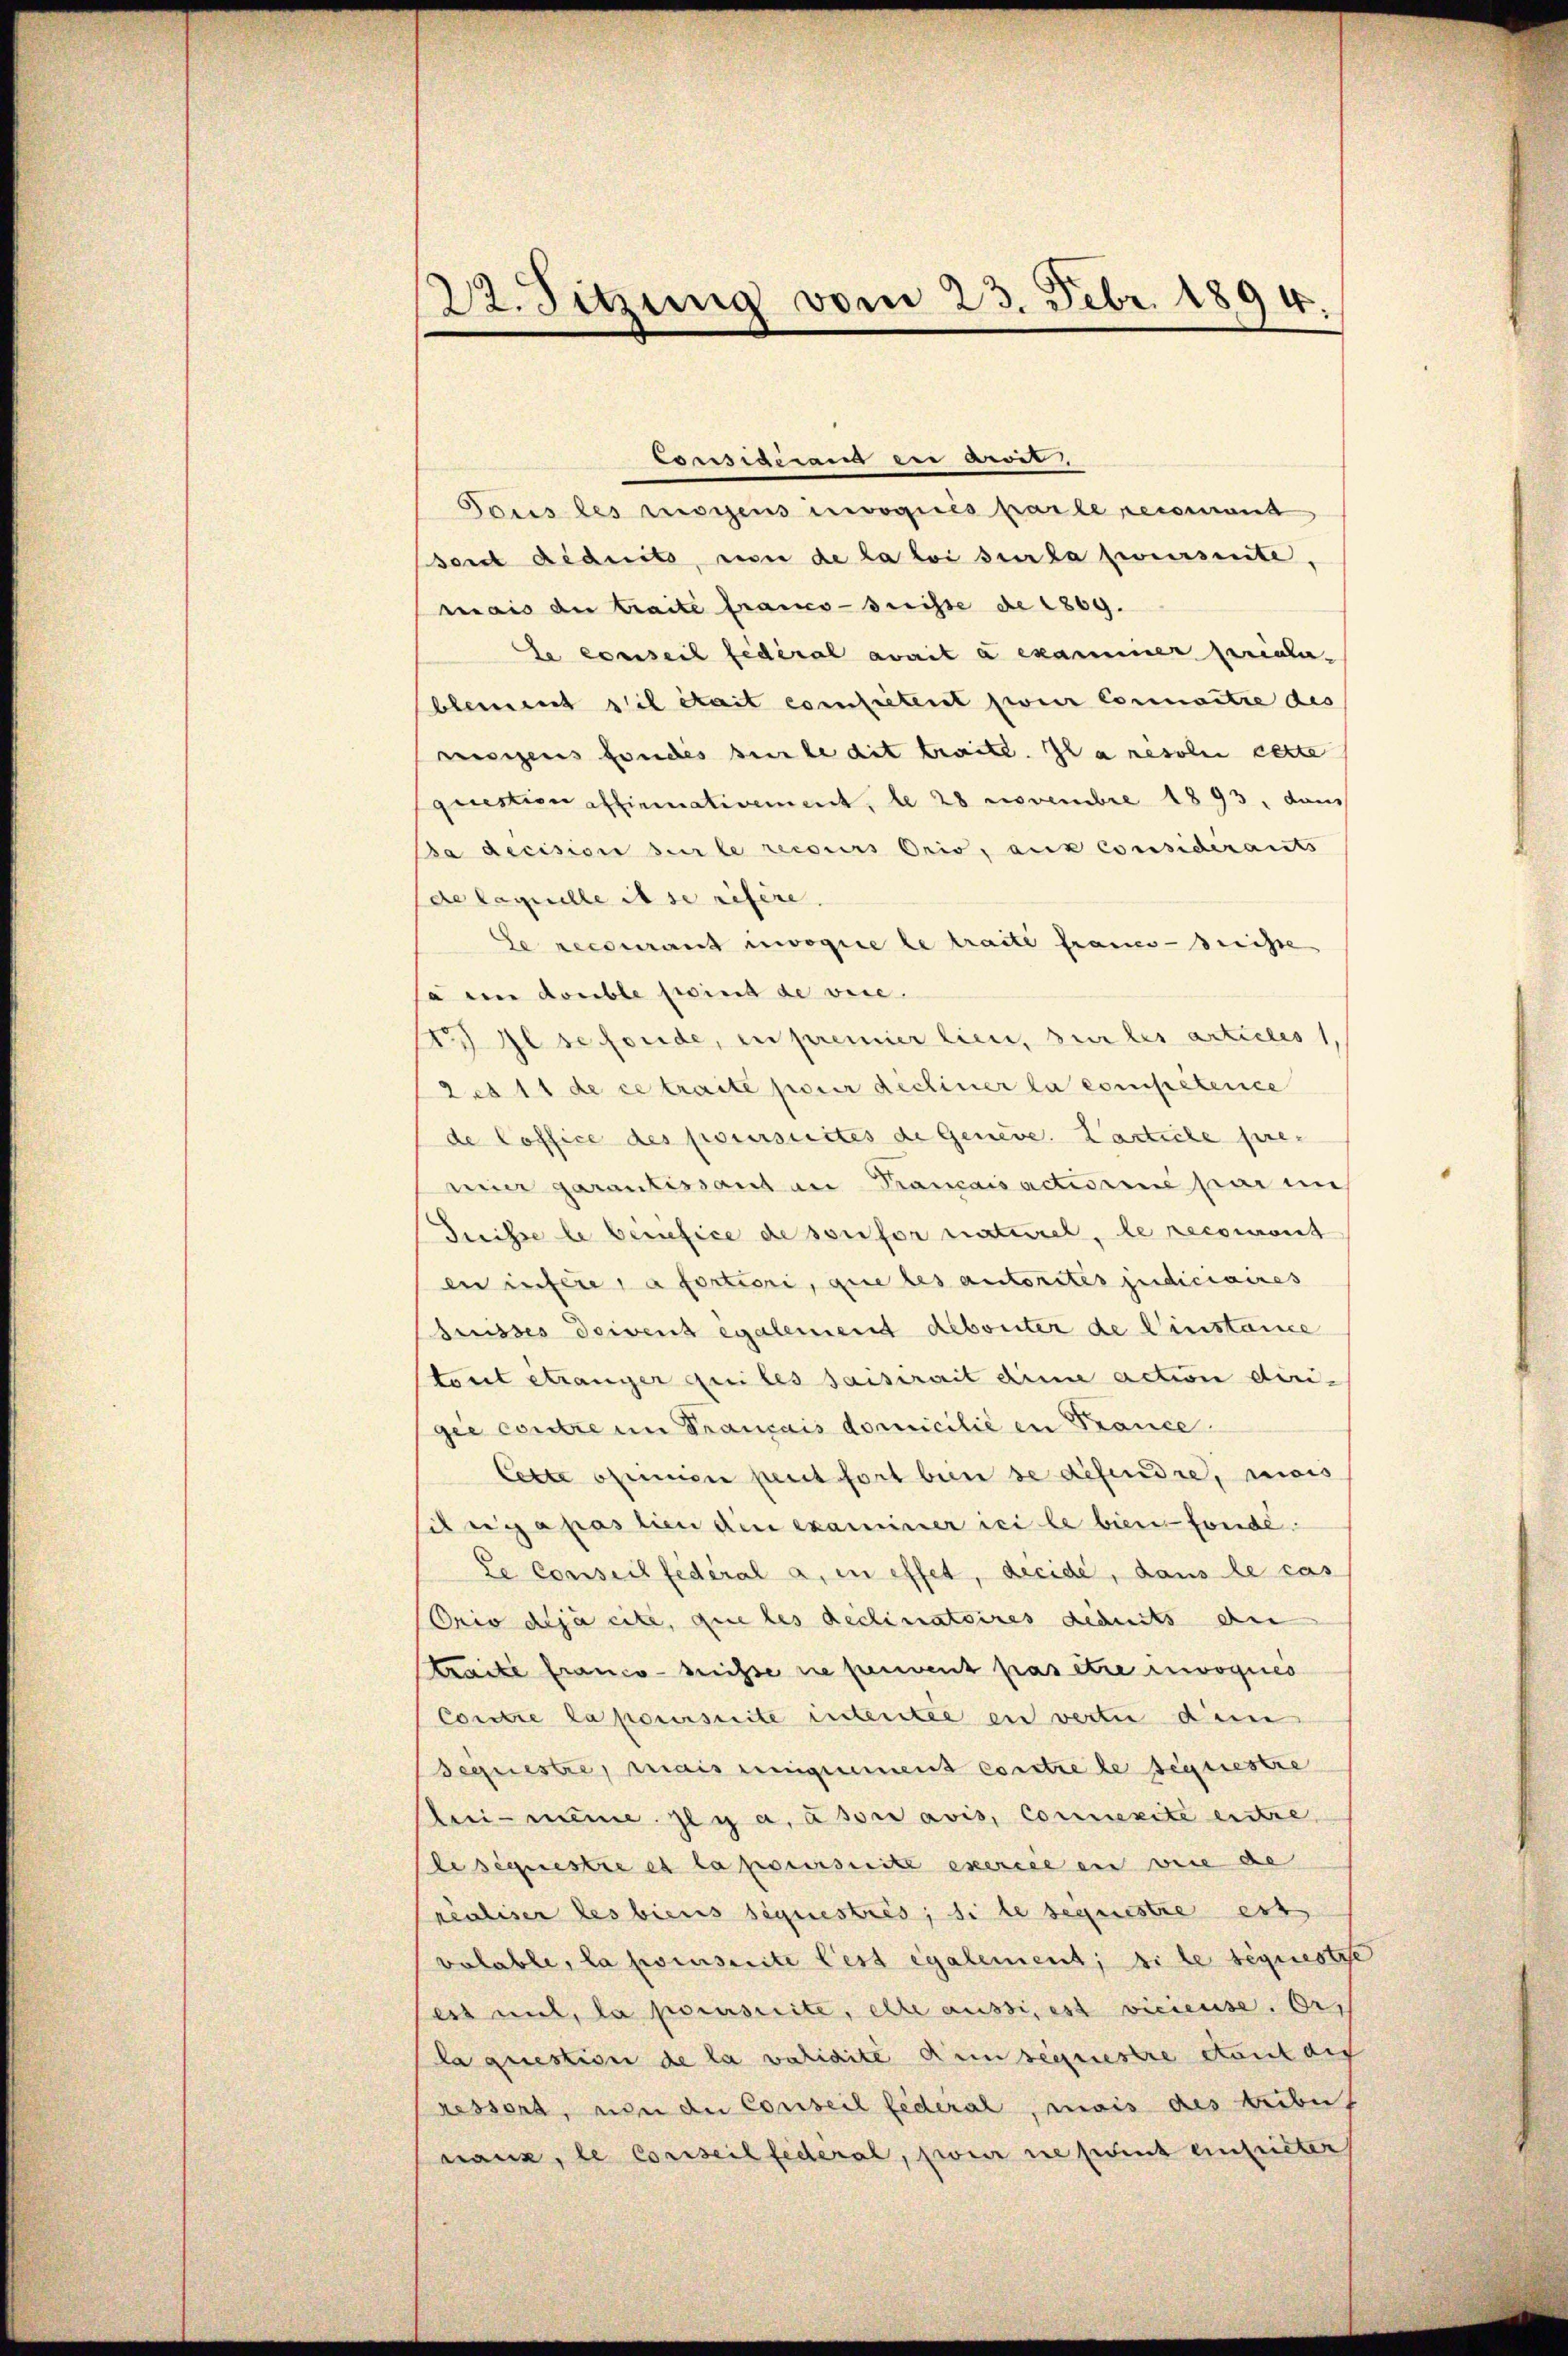
22. Sitzung vom 23. Febr. 1894.

Considerand in aner,
Tous les moyens incogiés parte recomant
bord Aiduits, von de la loi sueda zwursinte.
mais de traite franco-seiste de 1869.
Se conseil fédéral avait à examier perialablement il était competent zweir Connaitre des
resigens fondes serbe dit traite. Il a resolui cette
question affirmativement, le 28 Novembre 1893, dam
Da decision sur le recours Orio, aux considerants
de laquelle il se refere.
Le recourant invogiie le traite francs-Breisse
à in double point de vere
S. Il se fonde, in premier lieu, sur les articles 1,
2 et 11 de ce traite pour dichiner la competence
de Coffice des poursuites de Geneve. Karticle pre-
mir garantissant an Prançais actiorene par im
Suisse le benefice de sofer naturel, le recouront
en infere a fortieri, que les autorites judiciaires
buisses doivent également debouter de Dinstance
tont étranger qui les saisirait die action diri-
gee contre im Trançais domicilie in France.
Cette opernien peut fort bien de definde, mais
drigapas lien ain examiner sei le bien fonde¬
Le conseil fédéral a. in effet, decide, dans le cas
Orio dija eite, que les Reclinatoires Liduits an
Traite franco- nichte ne peuvent pasetze invoques
Contre la poursuite intentée en verte dem
Sequestre, mais einigenment contre le seguestre
lei- meine sey a. a sore avis, Commerite entre
lesiquestie es la poursuite exercée en vere de
realiser les biens sequestres; si le sequestre est
valable, la poiseite lest également; si le séquestie
ess mit, la poursuite, elle aussi est vicieuse. Er
la question de la validite densequestre stant auf
ressora, von die Conseil Federal, mais des tribus
naux, le Conseil federal, zwei ne peut einheiter